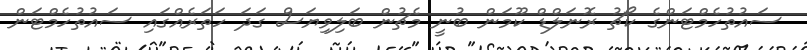
ސައުތުހެމްޓަންގެ ކޯޗު ރޮނަލްޑް ކޫމަން ބުނީ މެޗުން ބަލިވިޔަސް ގަދަ ހަތަރެއްގައި ސައުތުހެމްޓަން